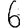
Digit: 6